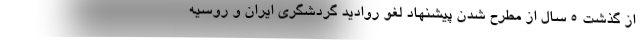
از گذشت 5 سال از مطرح شدن پیشنهاد لغو روادید گردشگری ایران و روسیه